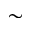
\sim